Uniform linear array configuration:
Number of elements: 8
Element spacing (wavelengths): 0.5
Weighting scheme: hann
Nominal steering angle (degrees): -15
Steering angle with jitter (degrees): -14.604
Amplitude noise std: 0.05
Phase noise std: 0.05

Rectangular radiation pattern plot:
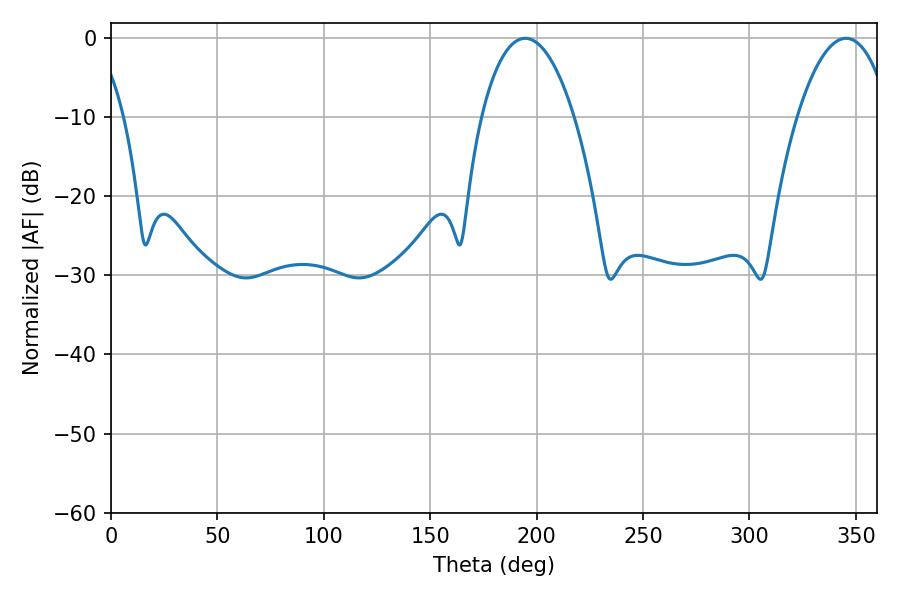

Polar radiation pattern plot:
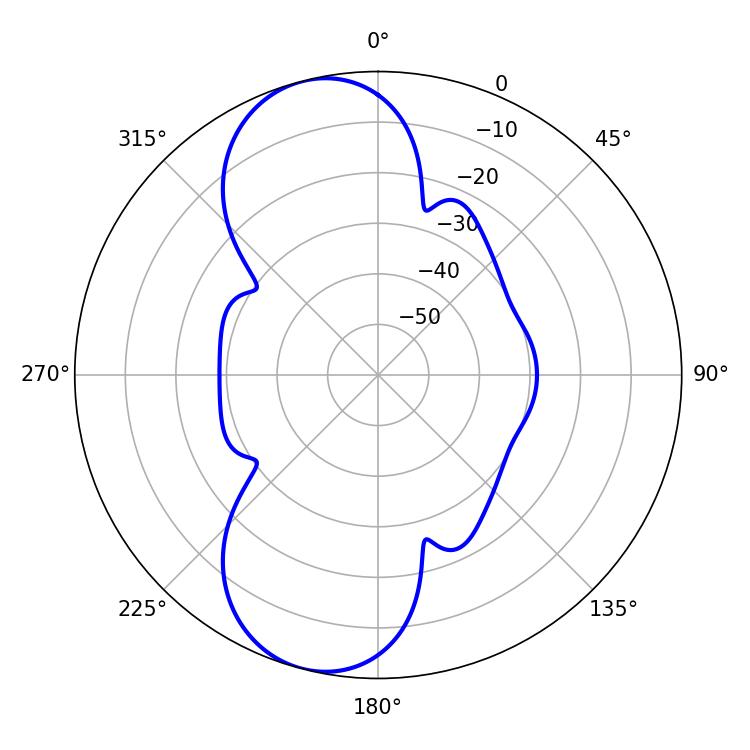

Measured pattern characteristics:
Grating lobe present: FALSE
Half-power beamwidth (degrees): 24.48
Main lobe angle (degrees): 194.58